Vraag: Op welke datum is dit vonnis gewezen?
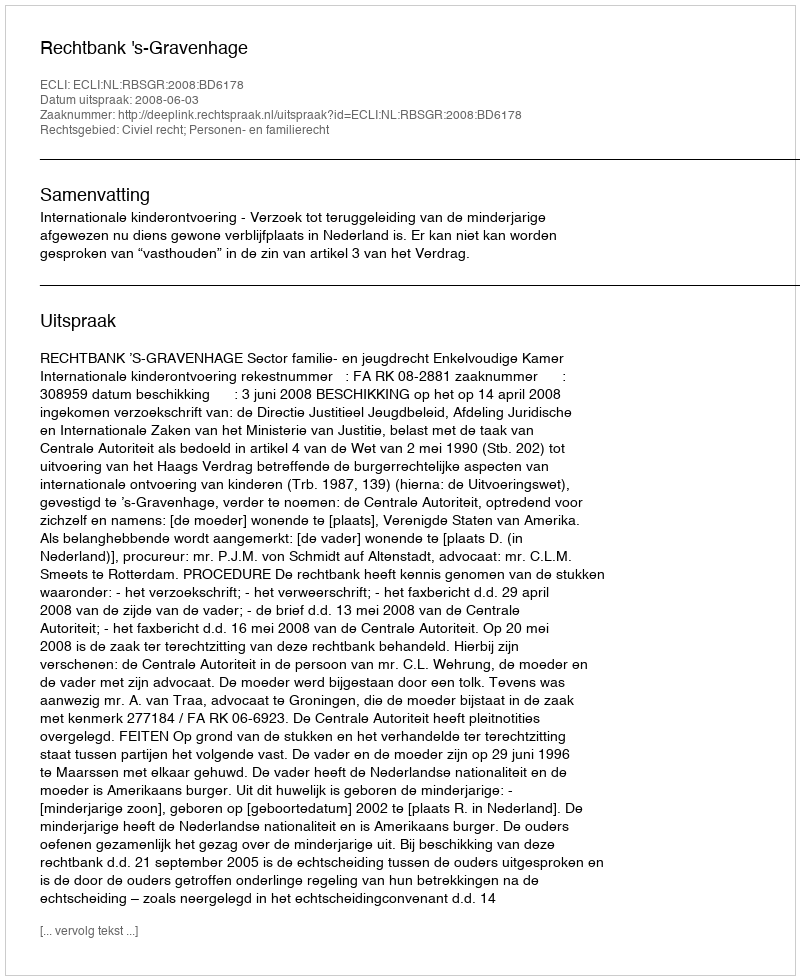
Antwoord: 2008-06-03